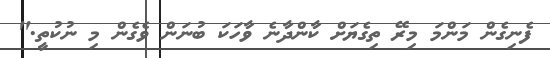
ފެނިގެން މަންމަ މިރޭ ތިގެޔަށް ކާންދާނެ ވާހަކަ ބުނަން ވެގެން މި ނުކުތީ."